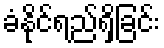
ခံနိုင်ရည်ရှိခြင်း